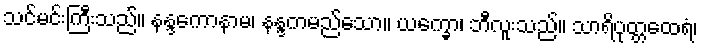
သင်မင်းကြီးသည်။ နန္ဒကောနာမ၊ နန္ဒကမည်သော။ ယက္ခော၊ ဘီလူးသည်။ သာရိပုတ္တထေရံ၊